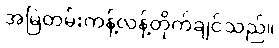
အမြဲတမ်းကန့်လန့်တိုက်ချင်သည်။